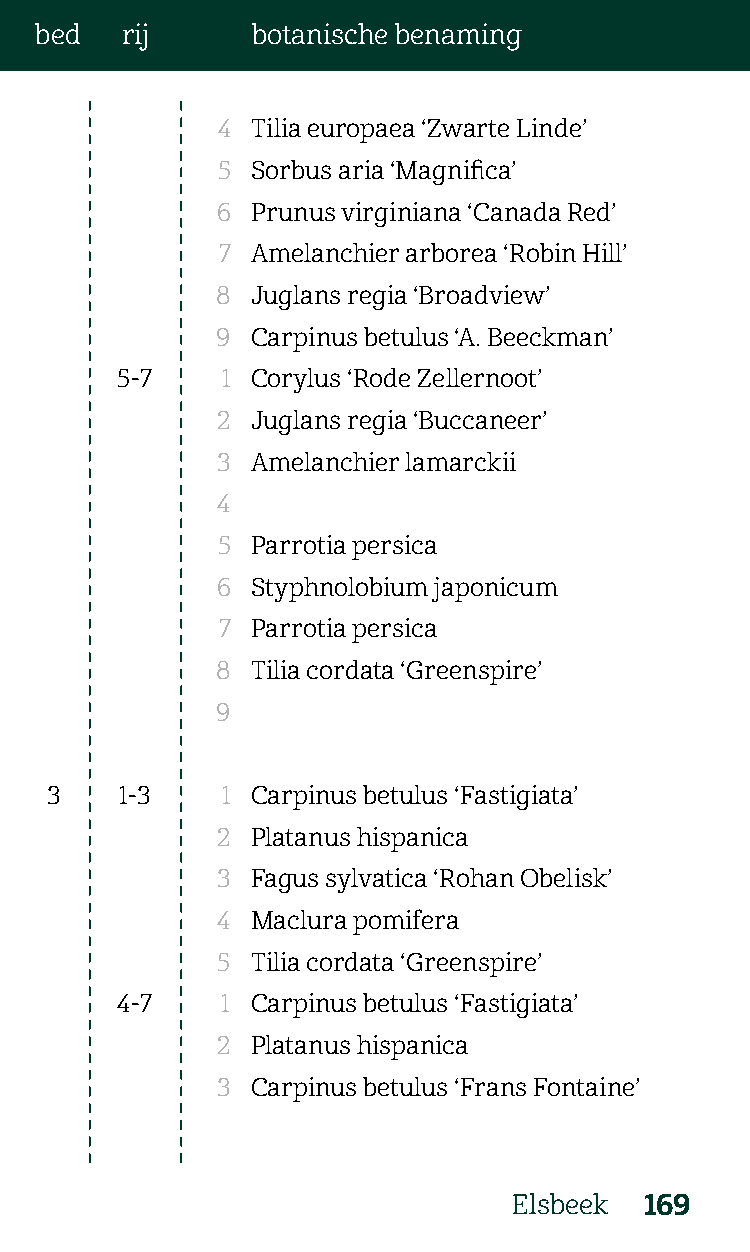
bed   rij      botanische benaming
 4  Tilia europaea ‘Zwarte Linde’
 5  Sorbus aria ‘Magnifica’
 6  Prunus virginiana ‘Canada Red’
 7  Amelanchier arborea ‘Robin Hill’
 8  Juglans regia ‘Broadview’
 9  Carpinus betulus ‘A. Beeckman’
 5-7    1 Corylus ‘Rode Zellernoot’
 2  Juglans regia ‘Buccaneer’
 3  Amelanchier lamarckii
 4
 5  Parrotia persica
 6  Styphnolobium japonicum
 7  Parrotia persica
 8  Tilia cordata ‘Greenspire’
 9
 3    1-3    1 Carpinus betulus ‘Fastigiata’
 2  Platanus hispanica
 3  Fagus sylvatica ‘Rohan Obelisk’
 4  Maclura pomifera
 5  Tilia cordata ‘Greenspire’
 4-7    1 Carpinus betulus ‘Fastigiata’
 2  Platanus hispanica
 3  Carpinus betulus ‘Frans Fontaine’
 Elsbeek  169